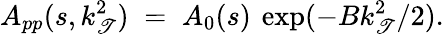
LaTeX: A_{pp}(s,k_{\mathscr{T}}^{2})\; =\; A_{0}(s)\: \exp(-Bk_{\mathscr{T}}^{2}/2).